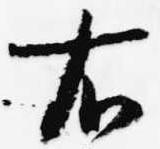
右